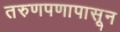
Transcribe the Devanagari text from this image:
तरुणपणापासून